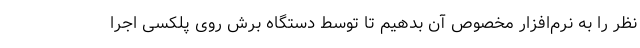
نظر را به نرم‌افزار مخصوص آن بدهیم تا توسط دستگاه برش روی پلکسی اجرا